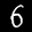
Label: 6